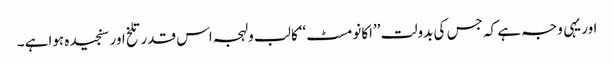
اور یہی وجہ ہے کہ جس کی بدولت ’’اکانومسٹ‘‘کا لب ولہجہ اس قدر تلخ اور سنجیدہ ہواہے ۔